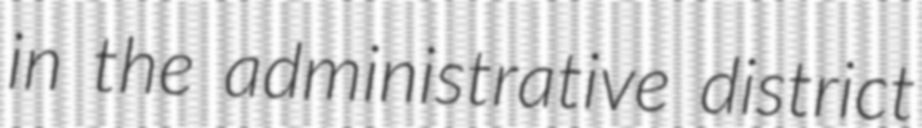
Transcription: in the administrative district